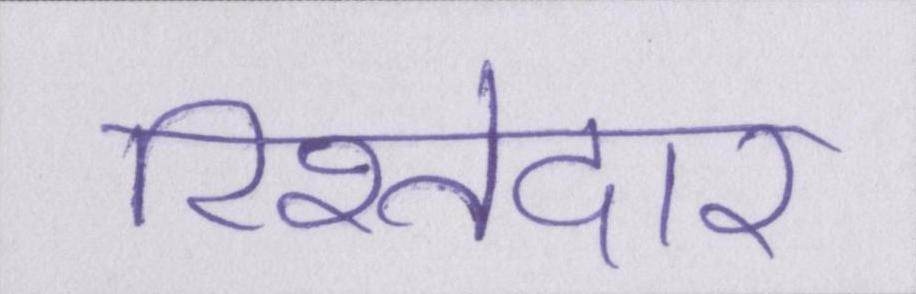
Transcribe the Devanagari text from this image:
रिश्तेदार